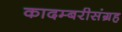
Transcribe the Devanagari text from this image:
कादम्बरीसंग्रह